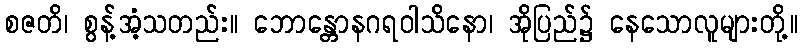
စဇတိ၊ စွန့်အံ့သတည်း။ ဘောန္တောနဂရဝါသိနော၊ အိုပြည်၌ နေသောလူများတို့။